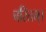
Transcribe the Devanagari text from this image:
चरितम्।